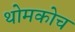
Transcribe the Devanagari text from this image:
थोमकोच